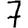
Digit: 7